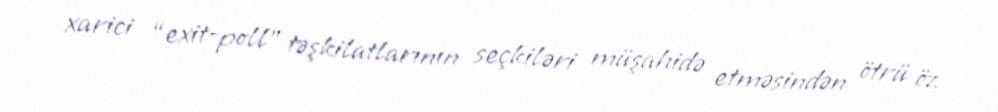
xarici “exit-poll” təşkilatlarının seçkiləri müşahidə etməsindən ötrü öz